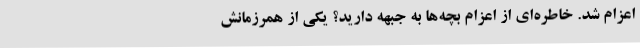
اعزام شد. خاطره‌ای از اعزام بچه‌ها به جبهه دارید؟ یکی از همرزمانش